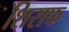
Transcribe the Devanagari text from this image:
शिराफ